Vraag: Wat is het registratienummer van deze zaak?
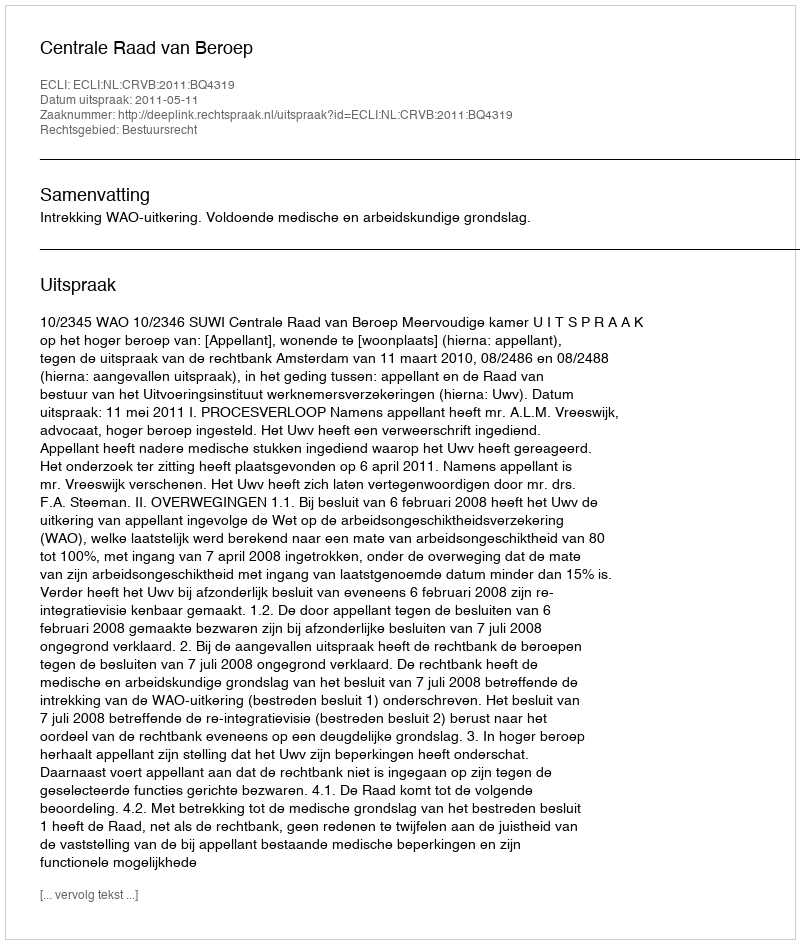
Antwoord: http://deeplink.rechtspraak.nl/uitspraak?id=ECLI:NL:CRVB:2011:BQ4319